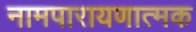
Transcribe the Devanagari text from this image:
नामपारायणात्मक